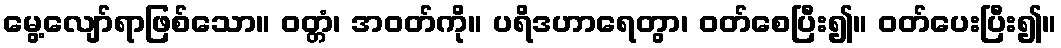
မွေ့လျော်ရာဖြစ်သော။ ဝတ္တံ၊ အဝတ်ကို။ ပရိဒဟာရေတွာ၊ ဝတ်စေပြီး၍။ ဝတ်ပေးပြီး၍။